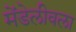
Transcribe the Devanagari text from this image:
मेंडेलीवला